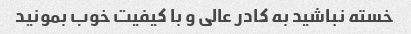
خسته نباشید به کادر عالی و با کیفیت خوب بمونید